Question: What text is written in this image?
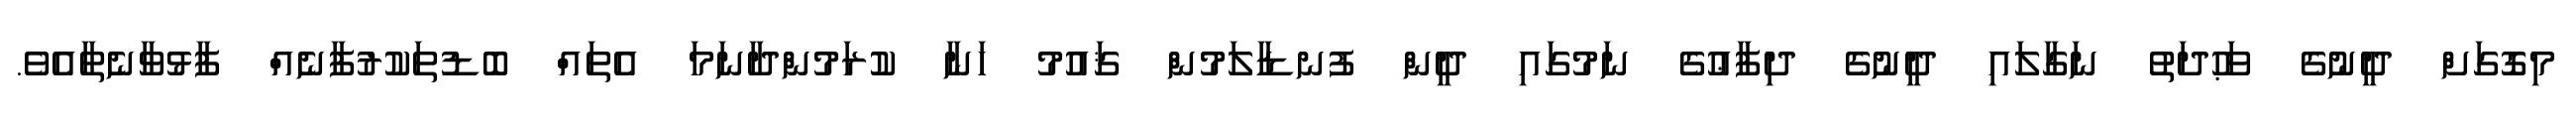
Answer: މިގޮގަށް ދީނުގެ ވަޙުދަތު ނަގާލައި ދީނުގެ ދިފާޢުގެ ނަމުގައި ދީން ފުނޑާލަމުން ޤައުމު ހަނާ ކުރަމުންދާނަމަ އެތައް ބޮޑުތަކުރުފާނެއް ފާޅުވާނެތާއެވެ.